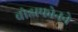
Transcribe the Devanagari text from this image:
वोडाफोनने